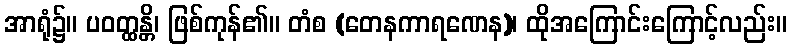
အာရုံ၌။ ပဝတ္ထန္တိ၊ ဖြစ်ကုန်၏။ တံစ (တေနကာရဏေန)၊ ထိုအကြောင်းကြောင့်လည်း။